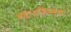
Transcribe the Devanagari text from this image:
महाअधिवक्ता